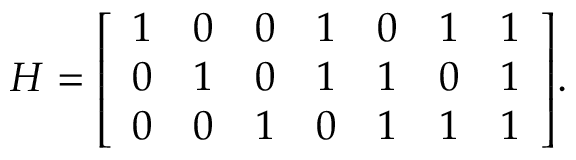
H = { \left[ \begin{array} { l l l l l l l } { 1 } & { 0 } & { 0 } & { 1 } & { 0 } & { 1 } & { 1 } \\ { 0 } & { 1 } & { 0 } & { 1 } & { 1 } & { 0 } & { 1 } \\ { 0 } & { 0 } & { 1 } & { 0 } & { 1 } & { 1 } & { 1 } \end{array} \right] } .